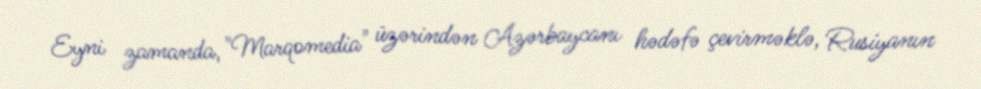
Eyni zamanda, "Marqomedia" üzərindən Azərbaycanı hədəfə çevirməklə, Rusiyanın